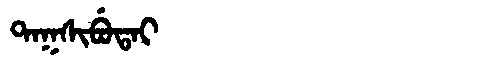
Manchu: ᡨᠠᡴᠰᡳᠪᡠᡨᠠᡳ
Romanization: TAKSIBUTAI